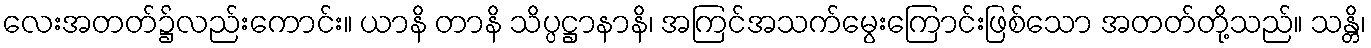
လေးအတတ်၌လည်းကောင်း။ ယာနိ တာနိ သိပ္ပဋ္ဌာနာနိ၊ အကြင်အသက်မွေးကြောင်းဖြစ်သော အတတ်တို့သည်။ သန္တိ၊